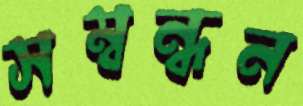
সম্বন্ধন